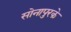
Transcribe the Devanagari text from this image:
सोनापुरके